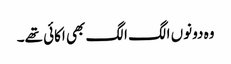
وہ دونوں الگ الگ بھی اکائی تھے۔